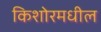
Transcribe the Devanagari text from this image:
किशोरमधील